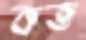
কত